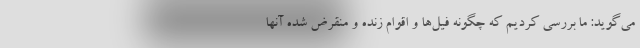
می‌گوید: ما بررسی کردیم که چگونه فیل‌ها و اقوام زنده و منقرض شده آنها